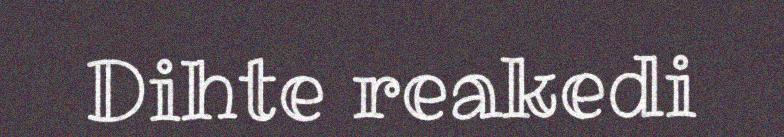
Dihte reakedi